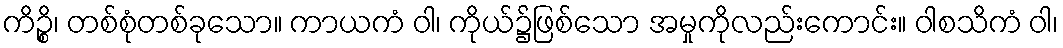
ကိဉ္စိ၊ တစ်စုံတစ်ခုသော။ ကာယကံ ဝါ၊ ကိုယ်၌ဖြစ်သော အမှုကိုလည်းကောင်း။ ဝါစသိကံ ဝါ၊